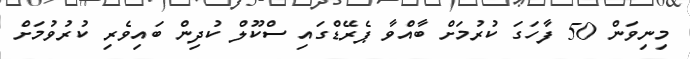
މިނިވަން 50 ފާހަގަ ކުރުމަށް ބާއްވާ ޕެރޭޑްގައި ސްކޫލް ކުދިން ބައިވެރި ކުރުވުމަށް